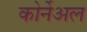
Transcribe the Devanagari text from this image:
कोर्नेअल